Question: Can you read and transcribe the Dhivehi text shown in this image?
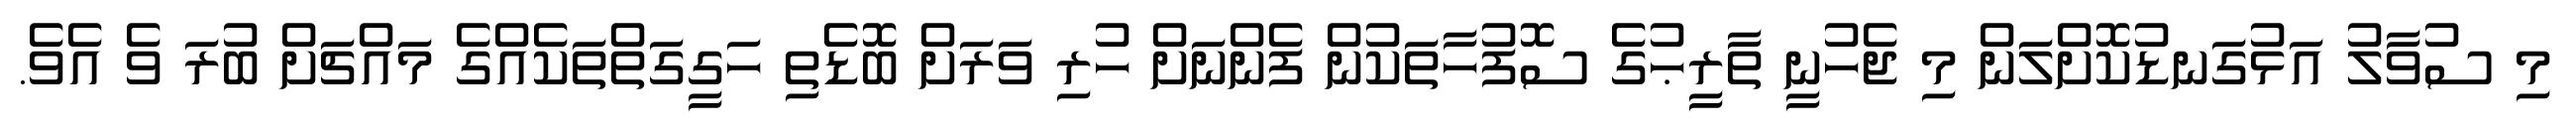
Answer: މި ސުވާލު އަޅުގަނޑުކޮށްލަން މި ޖެހުނީ ތާރީޙުގެ ސޮފުހާތަކުން ފެންނަށް ހުރި ވަރަށް ބޮޑެތި ހަގީގަތްތަކެއްގެ މައްޗަށް ބުރަ ވެ އެވެ.